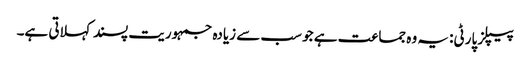
پیپلز پارٹی: یہ وہ جماعت ہے جو سب سے زیادہ جمہوریت پسند کہلاتی ہے۔